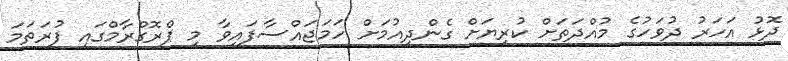
ދޮޅު އަހަރު ދުވަހުގެ މުއްދަތަށް ކުރިޔަށް ގެންދިއުމަށް ހަމަޖައްސާފައިވާ މި ޕްރޮގްރާމްގައި ފުރަތަމަ